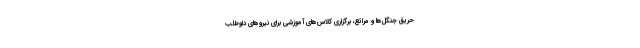
حریق جنگل‌ها و مراتع، برگزاری کلاس‌های آموزشی برای نیروهای داوطلب